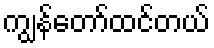
ကျွန်တော်ထင်တယ်